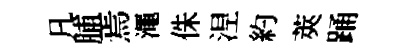
凡脯焉澠侏𣵀約莢踊